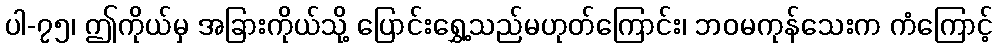
ပါ-၇၅၊ ဤကိုယ်မှ အခြားကိုယ်သို့ ပြောင်းရွှေ့သည်မဟုတ်ကြောင်း၊ ဘဝမကုန်သေးက ကံကြောင့်